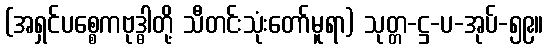
(အရှင်ပစ္စေကဗုဒ္ဓါတို့ သီတင်းသုံးတော်မူရာ) သုတ္တ-ဋ္ဌ-ပ-အုပ်-၅၉။